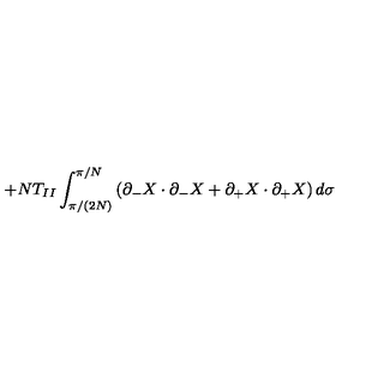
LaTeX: + N T _ { I I } \int _ { \pi / ( 2 N ) } ^ { \pi / N } \left( \partial _ { - } X \cdot \partial _ { - } X + \partial _ { + } X \cdot \partial _ { + } X \right) d \sigma